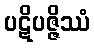
ပဋိပဇ္ဇိဿံ